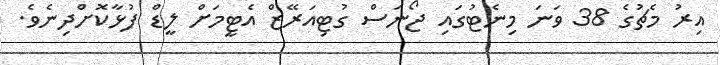
އިރު މެޗުގެ 38 ވަނަ މިނެޓުގައި ޖޯނަސް ގުޓިއަރޭޒް އެޓީމަށް ލީޑް ފުޅާކޮށްދިނެވެ.